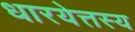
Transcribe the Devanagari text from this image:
धारयेत्तस्य